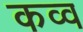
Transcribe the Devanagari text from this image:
कव्व